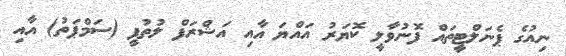
ނިއުގެ ޕެނަލްޓީތައް ފޮނުވާލީ ކޮޔަރު އައްޔަ އާއި އަޝްރަފް ލުތުފީ (ސަމްޕަތު) އާއި